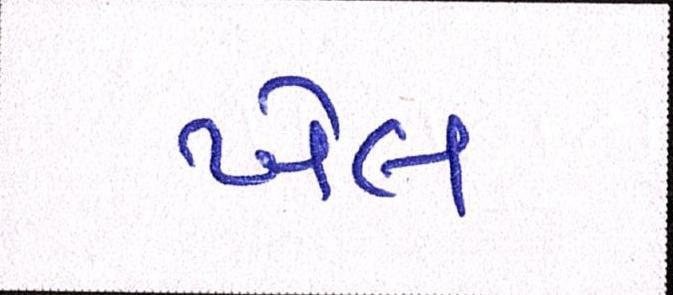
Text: ખેલ